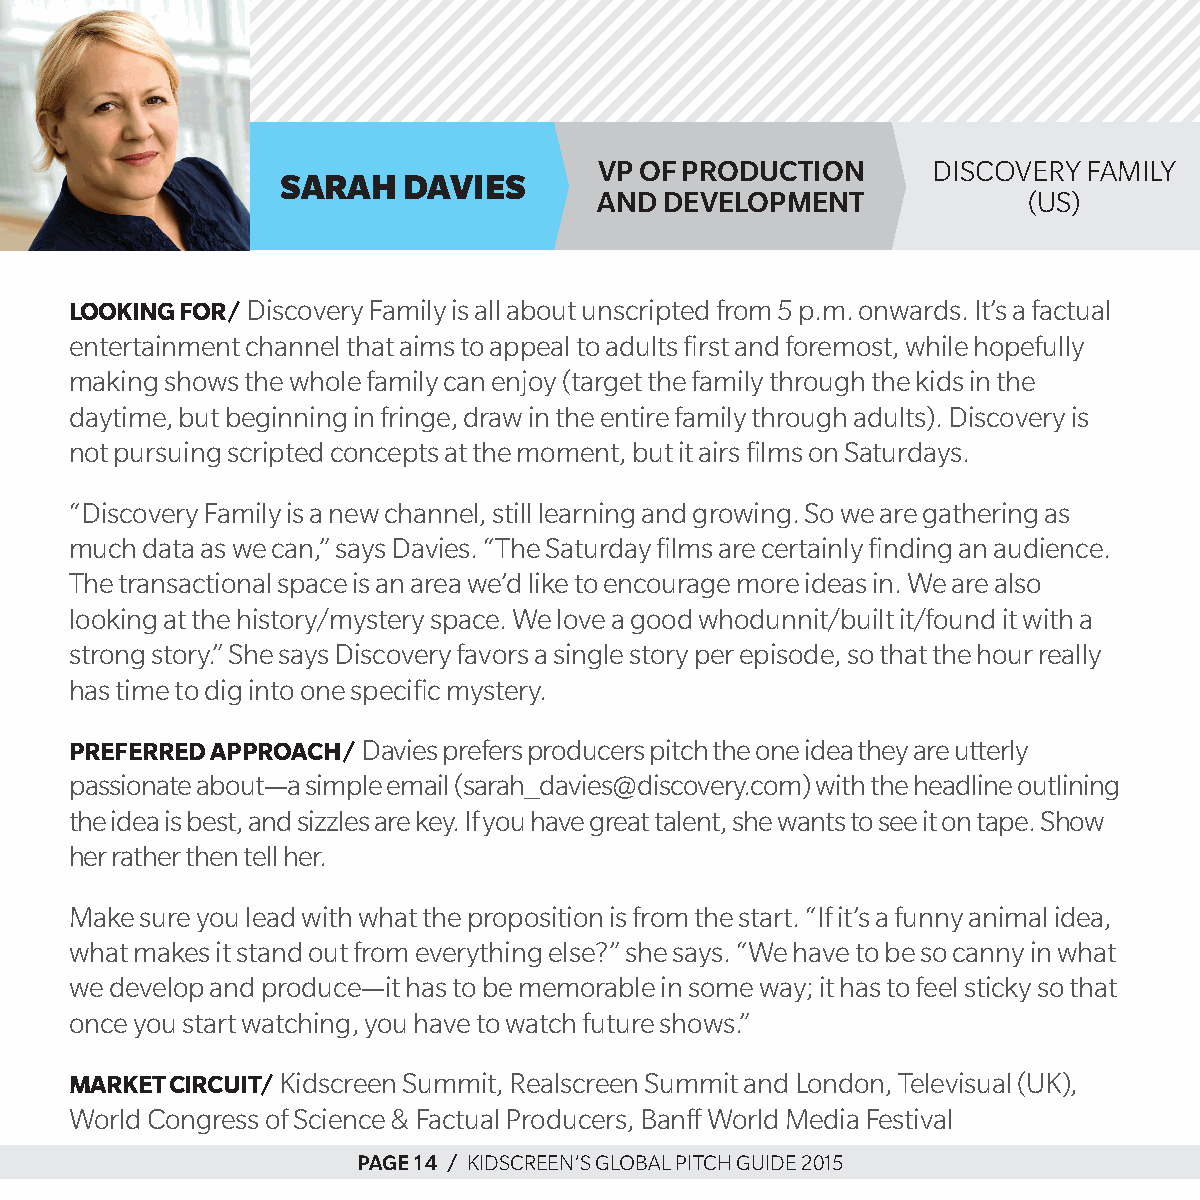
vp of produCTion      discoVerY FaMilY
 sarah   davies
 and developmenT             (us)
 Looking for/ discovery Family is all about unscripted from 5 p.m. onwards. it’s a factual
 entertainment channel that aims to appeal to adults first and foremost, while hopefully
 making shows the whole family can enjoy (target the family through the kids in the
 daytime, but beginning in fringe, draw in the entire family through adults). discovery is
 not pursuing scripted concepts at the moment, but it airs films on saturdays.
 “discovery Family is a new channel, still learning and growing. so we are gathering as
 much data as we can,” says davies. “the saturday films are certainly finding an audience.
 the transactional space is an area we’d like to encourage more ideas in. We are also
 looking at the history/mystery space. We love a good whodunnit/built it/found it with a
 strong story.” she says discovery favors a single story per episode, so that the hour really
 has time to dig into one specific mystery.
 Preferred aPProach/ davies prefers producers pitch the one idea they are utterly
 passionate about—a simple email (sarah_davies@discovery.com) with the headline outlining
 the idea is best, and sizzles are key. if you have great talent, she wants to see it on tape. show
 her rather then tell her.
 Make sure you lead with what the proposition is from the start. “if it’s a funny animal idea,
 what makes it stand out from everything else?” she says. “We have to be so canny in what
 we develop and produce—it has to be memorable in some way; it has to feel sticky so that
 once you start watching, you have to watch future shows.”
 Market circuit/ kidscreen summit, realscreen summit and london, televisual (uk),
 World congress of science & Factual producers, banff World Media Festival
 page 14 / kidscreen’s global pitch guide 2015